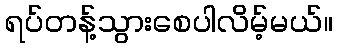
ရပ်တန့်သွားစေပါလိမ့်မယ်။